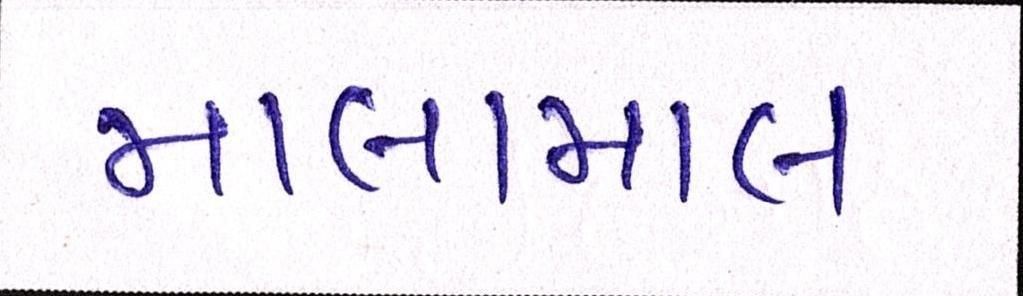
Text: માલામાલ